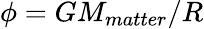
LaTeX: \phi=GM_{matter}/R